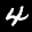
Label: 4